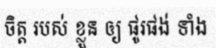
ចិត្ត របស់ ខ្លួន ឲ្យ ផូរផង់ ទាំង